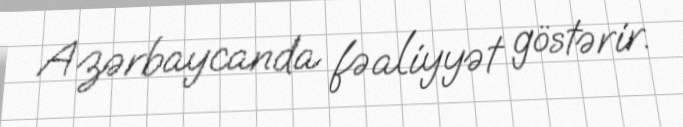
Azərbaycanda fəaliyyət göstərir.